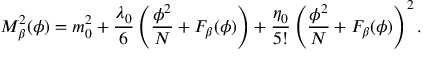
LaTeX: M _ { \beta } ^ { 2 } ( \phi ) = m _ { 0 } ^ { 2 } + \frac { \lambda _ { 0 } } { 6 } \left( \frac { \phi ^ { 2 } } { N } + F _ { \beta } ( \phi ) \right) + \frac { \eta _ { 0 } } { 5 ! } \left( \frac { \phi ^ { 2 } } { N } + F _ { \beta } ( \phi ) \right) ^ { 2 } .